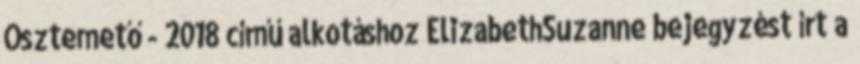
Ősztemető - 2018 című alkotáshoz ElizabethSuzanne bejegyzést írt a